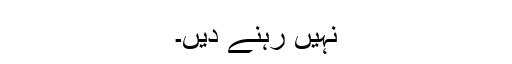
نہیں رہنے دیں۔